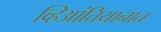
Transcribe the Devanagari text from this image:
व्हिआंतियानात